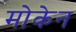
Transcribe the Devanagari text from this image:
मोकेन